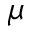
\mu